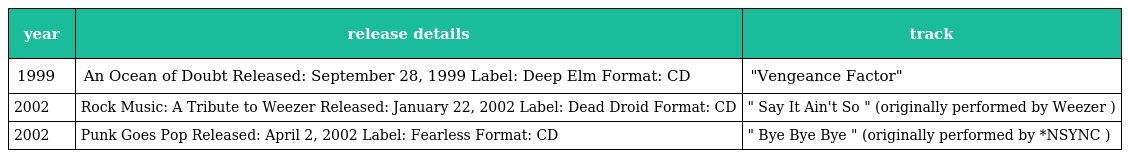
| year | release details | track |
 | --- | --- | --- |
 | 1999 | An Ocean of Doubt Released: September 28, 1999 Label: Deep Elm Format: CD | "Vengeance Factor" |
 | 2002 | Rock Music: A Tribute to Weezer Released: January 22, 2002 Label: Dead Droid Format: CD | " Say It Ain't So " (originally performed by Weezer ) |
 | 2002 | Punk Goes Pop Released: April 2, 2002 Label: Fearless Format: CD | " Bye Bye Bye " (originally performed by *NSYNC ) |